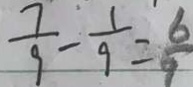
\frac { 7 } { 9 } - \frac { 1 } { 9 } = \frac { 6 } { 9 }